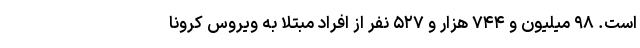
است. ۹۸ میلیون و ۷۴۴ هزار و ۵۲۷ نفر از افراد مبتلا به ویروس کرونا